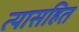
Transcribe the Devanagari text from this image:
त्यासहित